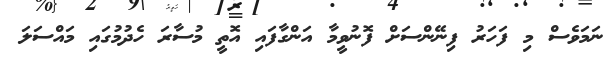
ނަމަވެސް މި ފަހަރު ފިނޭންސަށް ފޮނުވީމާ އަންގާފައި އޮތީ މުސާރަ ހެދުމުގައި މައްސަލަ